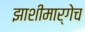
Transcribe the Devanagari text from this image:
झाशीमार्गेच